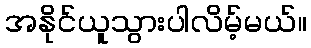
အနိုင်ယူသွားပါလိမ့်မယ်။